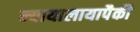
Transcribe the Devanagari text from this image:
न्यायालायापैकी